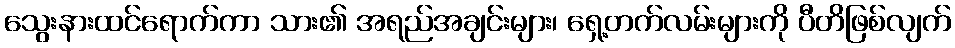
သွေးနားထင်ရောက်ကာ သား၏ အရည်အချင်းများ၊ ရှေ့တက်လမ်းများကို ပီတိဖြစ်လျက်